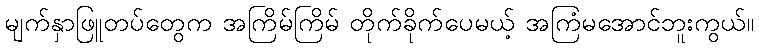
မျက်နှာဖြူတပ်တွေက အကြိမ်ကြိမ် တိုက်ခိုက်ပေမယ့် အကြံမအောင်ဘူးကွယ်။